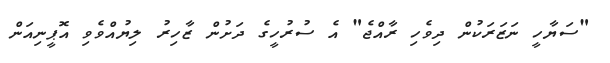
"ސަޔާހީ ނަޒަރަކުން ދިވެހި ރާއްޖެ" އެ ސުރުހީގެ ދަށުން ޒާހިރު ލިޔުއްވެވި އޮޕީނިއަން